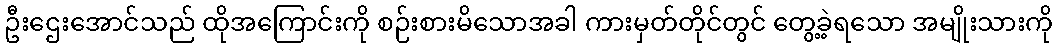
ဦးဌေးအောင်သည် ထိုအကြောင်းကို စဉ်းစားမိသောအခါ ကားမှတ်တိုင်တွင် တွေ့ခဲ့ရသော အမျိုးသားကို